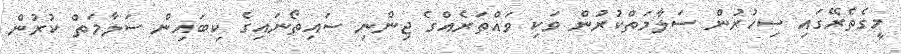
މީގެތެރޭގައި ސިހުރުން ސަލާމަތްކުރުން ވަކި ވައްތަރެއްގެ ޖިންނި ސައިތޯނައިގެ ކިބައިން ސަލާމަތް ކުރުން